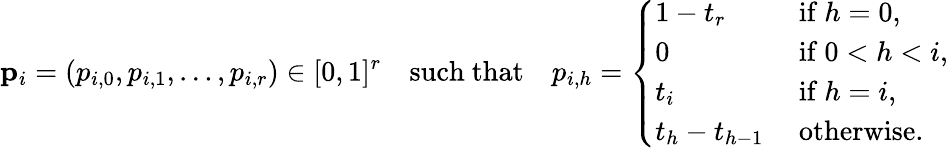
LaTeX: \mathbf{p}_{i}=(p_{i,0},p_{i,1},\dots,p_{i,r})\in[0,1]^{r}\quad\mathrm{such~that}\quad p_{i,h}=\left\{ \begin{array}{ll}{1-t_{r}}&{\mathrm{~if~}h=0,}\\ {0}&{\mathrm{~if~}0<h<i,}\\ {t_{i}}&{\mathrm{~if~}h=i,}\\ {t_{h}-t_{h-1}}&{\mathrm{~otherwise.}}\end{array}\right.